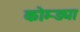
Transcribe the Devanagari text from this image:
कोम्ड्या